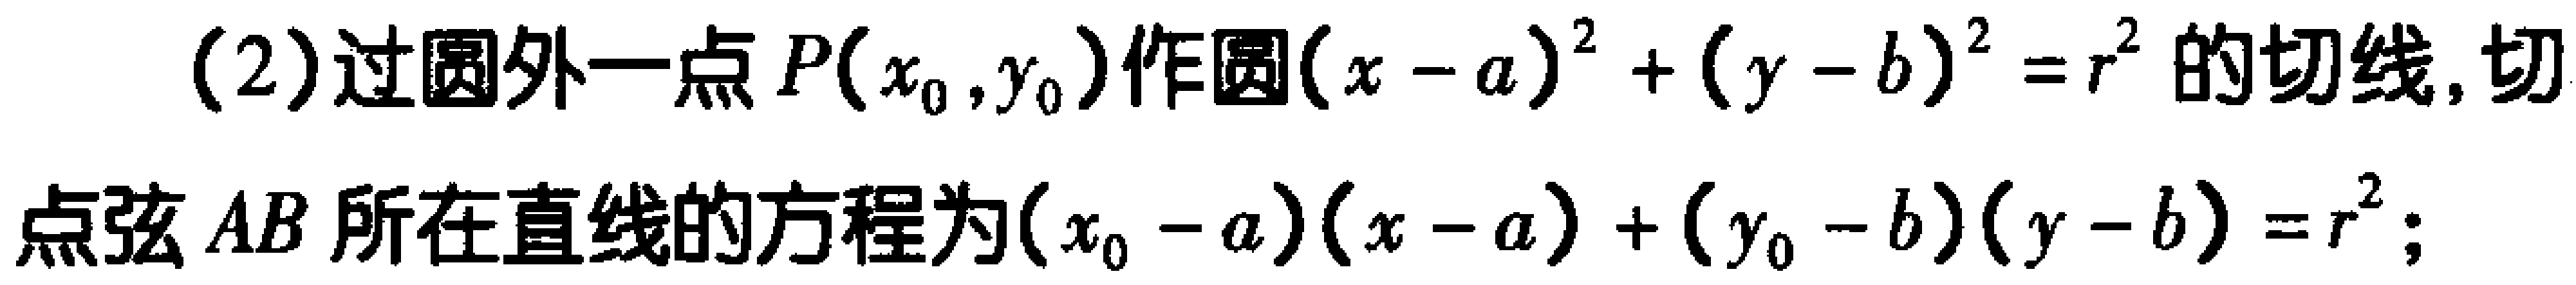
(2)过圆外一点$P(x_{0},y_{0})$作圆$(x - a)^{2}+(y - b)^{2}=r^{2}$的切线,切点弦$AB$所在直线的方程为$(x_{0}-a)(x - a)+(y_{0}-b)(y - b)=r^{2}$;